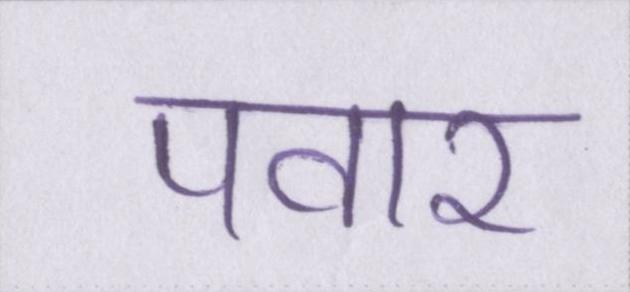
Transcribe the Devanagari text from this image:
पवार